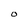
Character: O